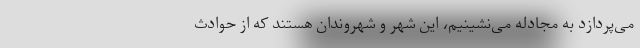
می‌پردازد به مجادله می‌نشینیم، این شهر و شهروندان هستند که از حوادث